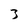
Character: 3